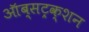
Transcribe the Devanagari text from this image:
ऑब्सट्रक्शन